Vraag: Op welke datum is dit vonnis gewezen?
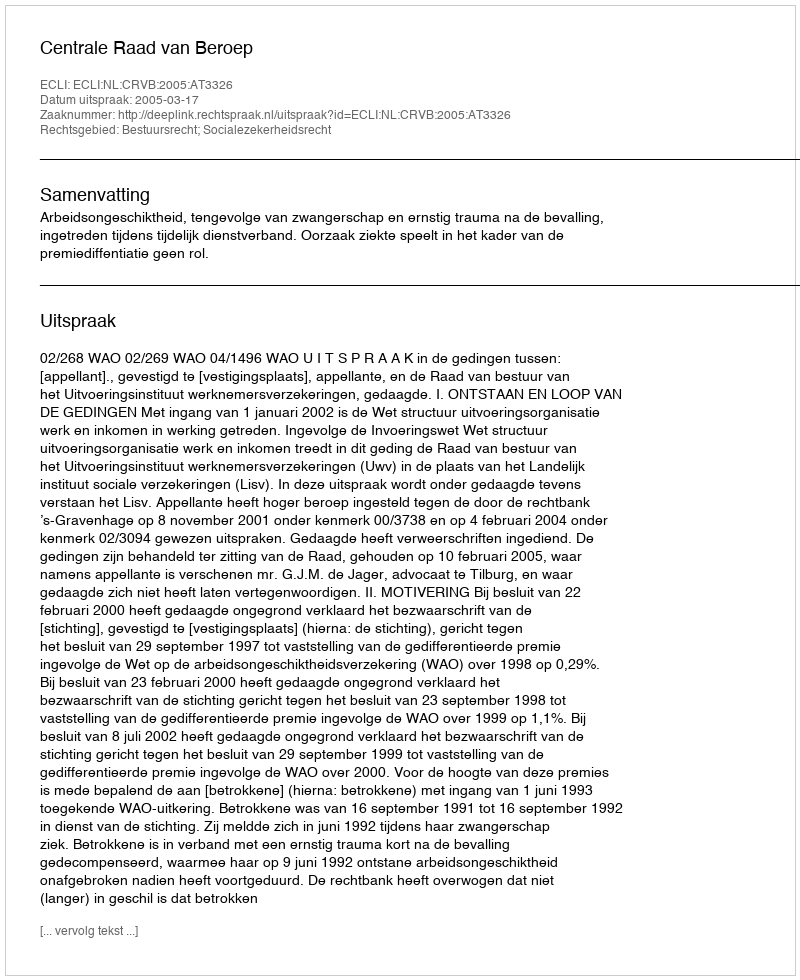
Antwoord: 2005-03-17